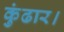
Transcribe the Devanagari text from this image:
कुंढार।